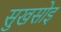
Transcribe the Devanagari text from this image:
सुखसोइ